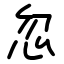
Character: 忽